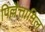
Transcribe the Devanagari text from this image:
पिल्लैत्तामिल